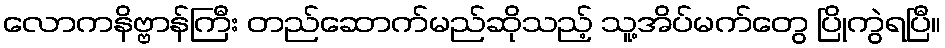
လောကနိဗ္ဗာန်ကြီး တည်ဆောက်မည်ဆိုသည့် သူ့အိပ်မက်တွေ ပြိုကွဲရပြီ။